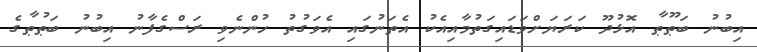
އިބުނު ބަޠޫޠާ އޮޅުދޫ ކަރަޔަށްވަޑައިގަތުމާއިއެކު އެތަނުގައި އެވަގުތު ހުންނެވި ރަސްގެފާނު އިބުނު ބަޠުޠާގެ